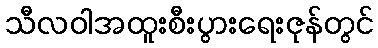
သီလဝါအထူးစီးပွားရေးဇုန်တွင်